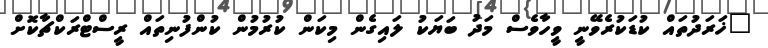
"ޚަރަދުތައް ކުޑަކުރެވޭނީ ވީހާވެސް މަދު ބަަޔަކު ލައިގެން މިކަން ކުރުމުން ކުންފުނިތައް ރީސްޓްރަކްޗާކޮށް